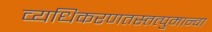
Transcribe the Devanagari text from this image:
व्यधिकरणतस्तत्पुमान्वा